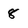
Character: 8